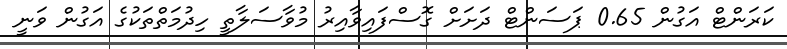
ކަރަންޓް އަގުން 0.65 ޕަސަންޓް ދަށަށް ގޮސްފައިވާއިރު މުވާސަލާތީ ހިދުމަތްތަކުގެ އަގުން ވަނީ